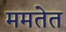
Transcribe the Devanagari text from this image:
ममतेत